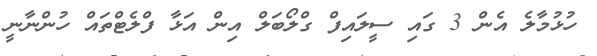
ހުޅުމާލެ އެން 3 ގައި ސީލައިފް ގްލޯބަލް އިން އަޅާ ފްލެޓްތައް ހުންނާނީ